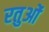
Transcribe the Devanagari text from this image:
रतुओं